Medical and sanitary report of the native army of Bengal for the year
Year: 1875
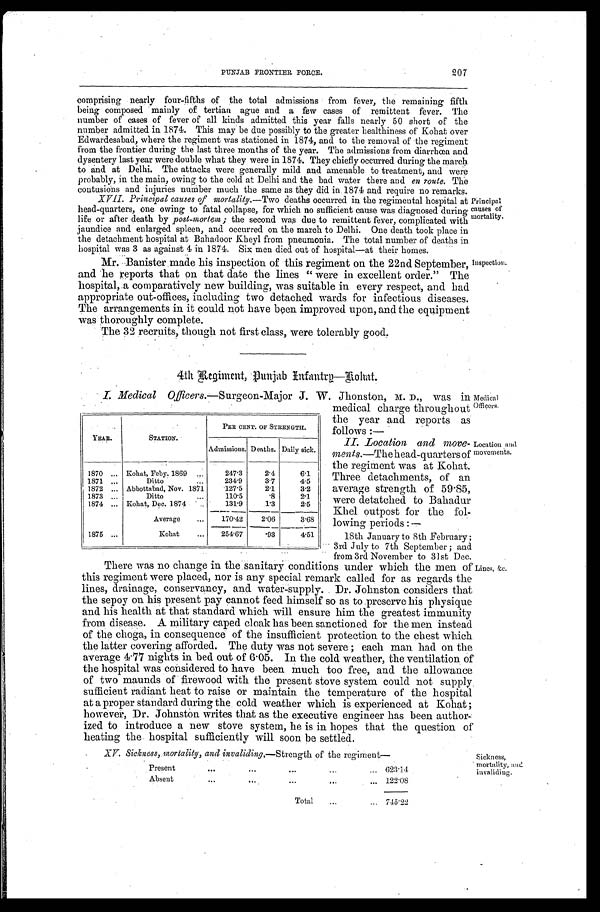
PUNJAB FRONTIER FORCE.
207
comprising nearly four-fifths of the total admissions from fever, the remaining fifth
being composed mainly of tertian ague and a few cases of remittent fever. The
number of cases of fever of all kinds admitted this year falls nearly 50 short of the
number admitted in 1874. This may be due possibly to the greater healthiness of Kohat over
Edwardesabad, where the regiment was stationed in 1874, and to the removal of the regiment
from the frontier during the last three months of the year. The admissions from diarrhœa and
dysentery last year were double what they were in 1874. They chiefly occurred during the march
to and at Delhi. The attacks were generally mild and amenable to treatment, and were
probably, in the main, owing to the cold at Delhi and the bad water there and en route. The
contusions and injuries number much the same as they did in 1874 and require no remarks.
XVII. Principal causes of mortality. —Two deaths occurred in the regimental hospital at
head-quarters, one owing to fatal collapse, for which no sufficient cause was diagnosed during
life or after death by post-mortem; the second was due to remittent fever, complicated with
jaundice and enlarged spleen, and occurred on the march to Delhi. One death took place in
the detachment hospital at Bahadoor Kheyl from pneumonia. The total number of deaths in
hospital was 3 as against 4 in 1874. Six men died out of hospital—at their homes.
Mr. Banister made his inspection of this regiment on the 22nd September,
and he reports that on that date the lines "were in excellent order." The
hospital, a comparatively new building, was suitable in every respect, and had
appropriate out-offices, including two detached wards for infectious diseases.
The arrangements in it could not have been improved upon, and the equipment
was thoroughly complete.
The 32 recruits, though not first class, were tolerably good.
4th Regiment, Punjab Infantry—Rohat.
Principal
causes of
mortality.
Inspection.
I . M e d i c a l O f f i c e r s .
—Surgeon-Major J. W. Jhonston, M. D., was in
medical charge throughout
the year and reports as
follows:—
II. Location and move-
ments.—The head-quarters of
the regiment was at Kohat.
Three detachments, of an
average strength of 59·85,
were detatched to Bahadur
Khel outpost for the fol-
lowing periods:
—
18th January to 8th February;
3rd July to 7th September; and
from 3rd November to 31st Dec.
There was no change in the sanitary conditions under which the men of
this regiment were placed, nor is any special remark called for as regards the
lines, drainage, conservancy, and water-supply. Dr. Johnston considers that
the sepoy on his present pay cannot feed himself so as to preserve his physique
and his health at that standard which will ensure him the greatest immunity
from disease. A military caped cloak has been sanctioned for the men instead
of the choga, in consequence of the insufficient protection to the chest which
the latter covering afforded. The duty was not severe; each man had on the
average 4·77 nights in bed out of 6·05. In the cold weather, the ventilation of
the hospital was considered to have been much too free, and the allowance
of two maunds of firewood with the present stove system could not supply
sufficient radiant heat to raise or maintain the temperature of the hospital
at a proper standard during the cold weather which is experienced at Kohat
; however, Dr. Johnston writes that as the executive engineer has been author-
ized to introduce a new stove system, he is in hopes that the question of
heating the hospital sufficiently will soon be settled.
YEAR.
STATION.
PER CENT. OF STRENGTH.
Admissions. Deaths. Daily sick.
1870
Kohat, Feby. 1869
247·3
2·4
6·1
1 8 7 1
D i t t o
234·9
3·7
4·5
1 8 7 2
Abbottabad, Nov. 1871
127·5
2·1
3·2
1 8 7 3
Ditto
110·5
·8
2·1
1 8 7 4
Kohat, Dec. 1874
131·9
1·3
2·5
Average
170·42 2·06
3·68
1875
Kohat
254·67 ·93
4·51
Location an
d movements.
Lines, &c.
Medical
Officers.
XV. Sickness, mortality, and invaliding. —Strength of the regiment—
Present
623·14
Absent
122·08
Total
745·22
Sickness,
mort al i t y, and i nval i di ng.